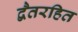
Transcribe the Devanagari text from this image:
द्वैतरहित